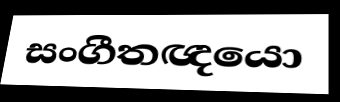
සංගීතඥයො